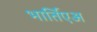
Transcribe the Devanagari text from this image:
भार्तिएअ